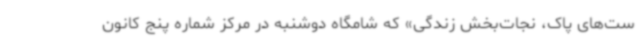
ست‌های پاک، نجات‌بخش زندگی» که شامگاه دوشنبه در مرکز شماره پنج کانون